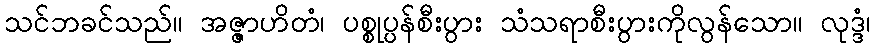
သင်ဘခင်သည်။ အဇ္ဇာဟိတံ၊ ပစ္စုပ္ပန်စီးပွား သံသရာစီးပွားကိုလွန်သော။ လုဒ္ဒံ၊